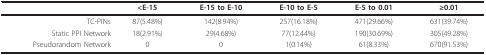
|  | <E-15 | E-15 to E-10 | E-10 to E-5 | E-5 to 0.01 | ≥0.01 |
 | --- | --- | --- | --- | --- | --- |
 | TC-PINs | 87(5.48%) | 142(8.94%) | 257(16.18%) | 471(29.66%) | 631(39.74%) |
 | Static PPI Network | 18(2.91%) | 29(4.68%) | 77(12.44%) | 190(30.69%) | 305(49.28%) |
 | Pseudorandom Network | 0 | 0 | 1(0.14%) | 61(8.33%) | 670(91.53%) |